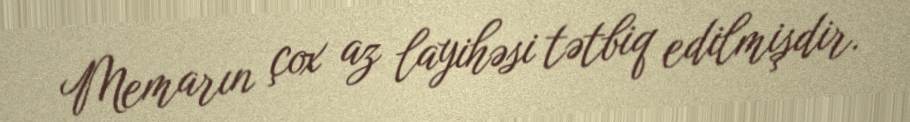
Memarın çox az layihəsi tətbiq edilmişdir.